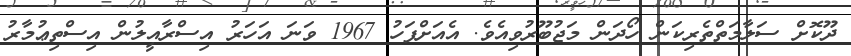
ދޫކޮށް ސަލާމަތްތެރިކަން ހޯދަން މަޖުބޫރުވިއެވެ. އެއަށްފަހު 1967 ވަނަ އަހަރު އިސްރާއީލުން އިސްތިޢުމާރު